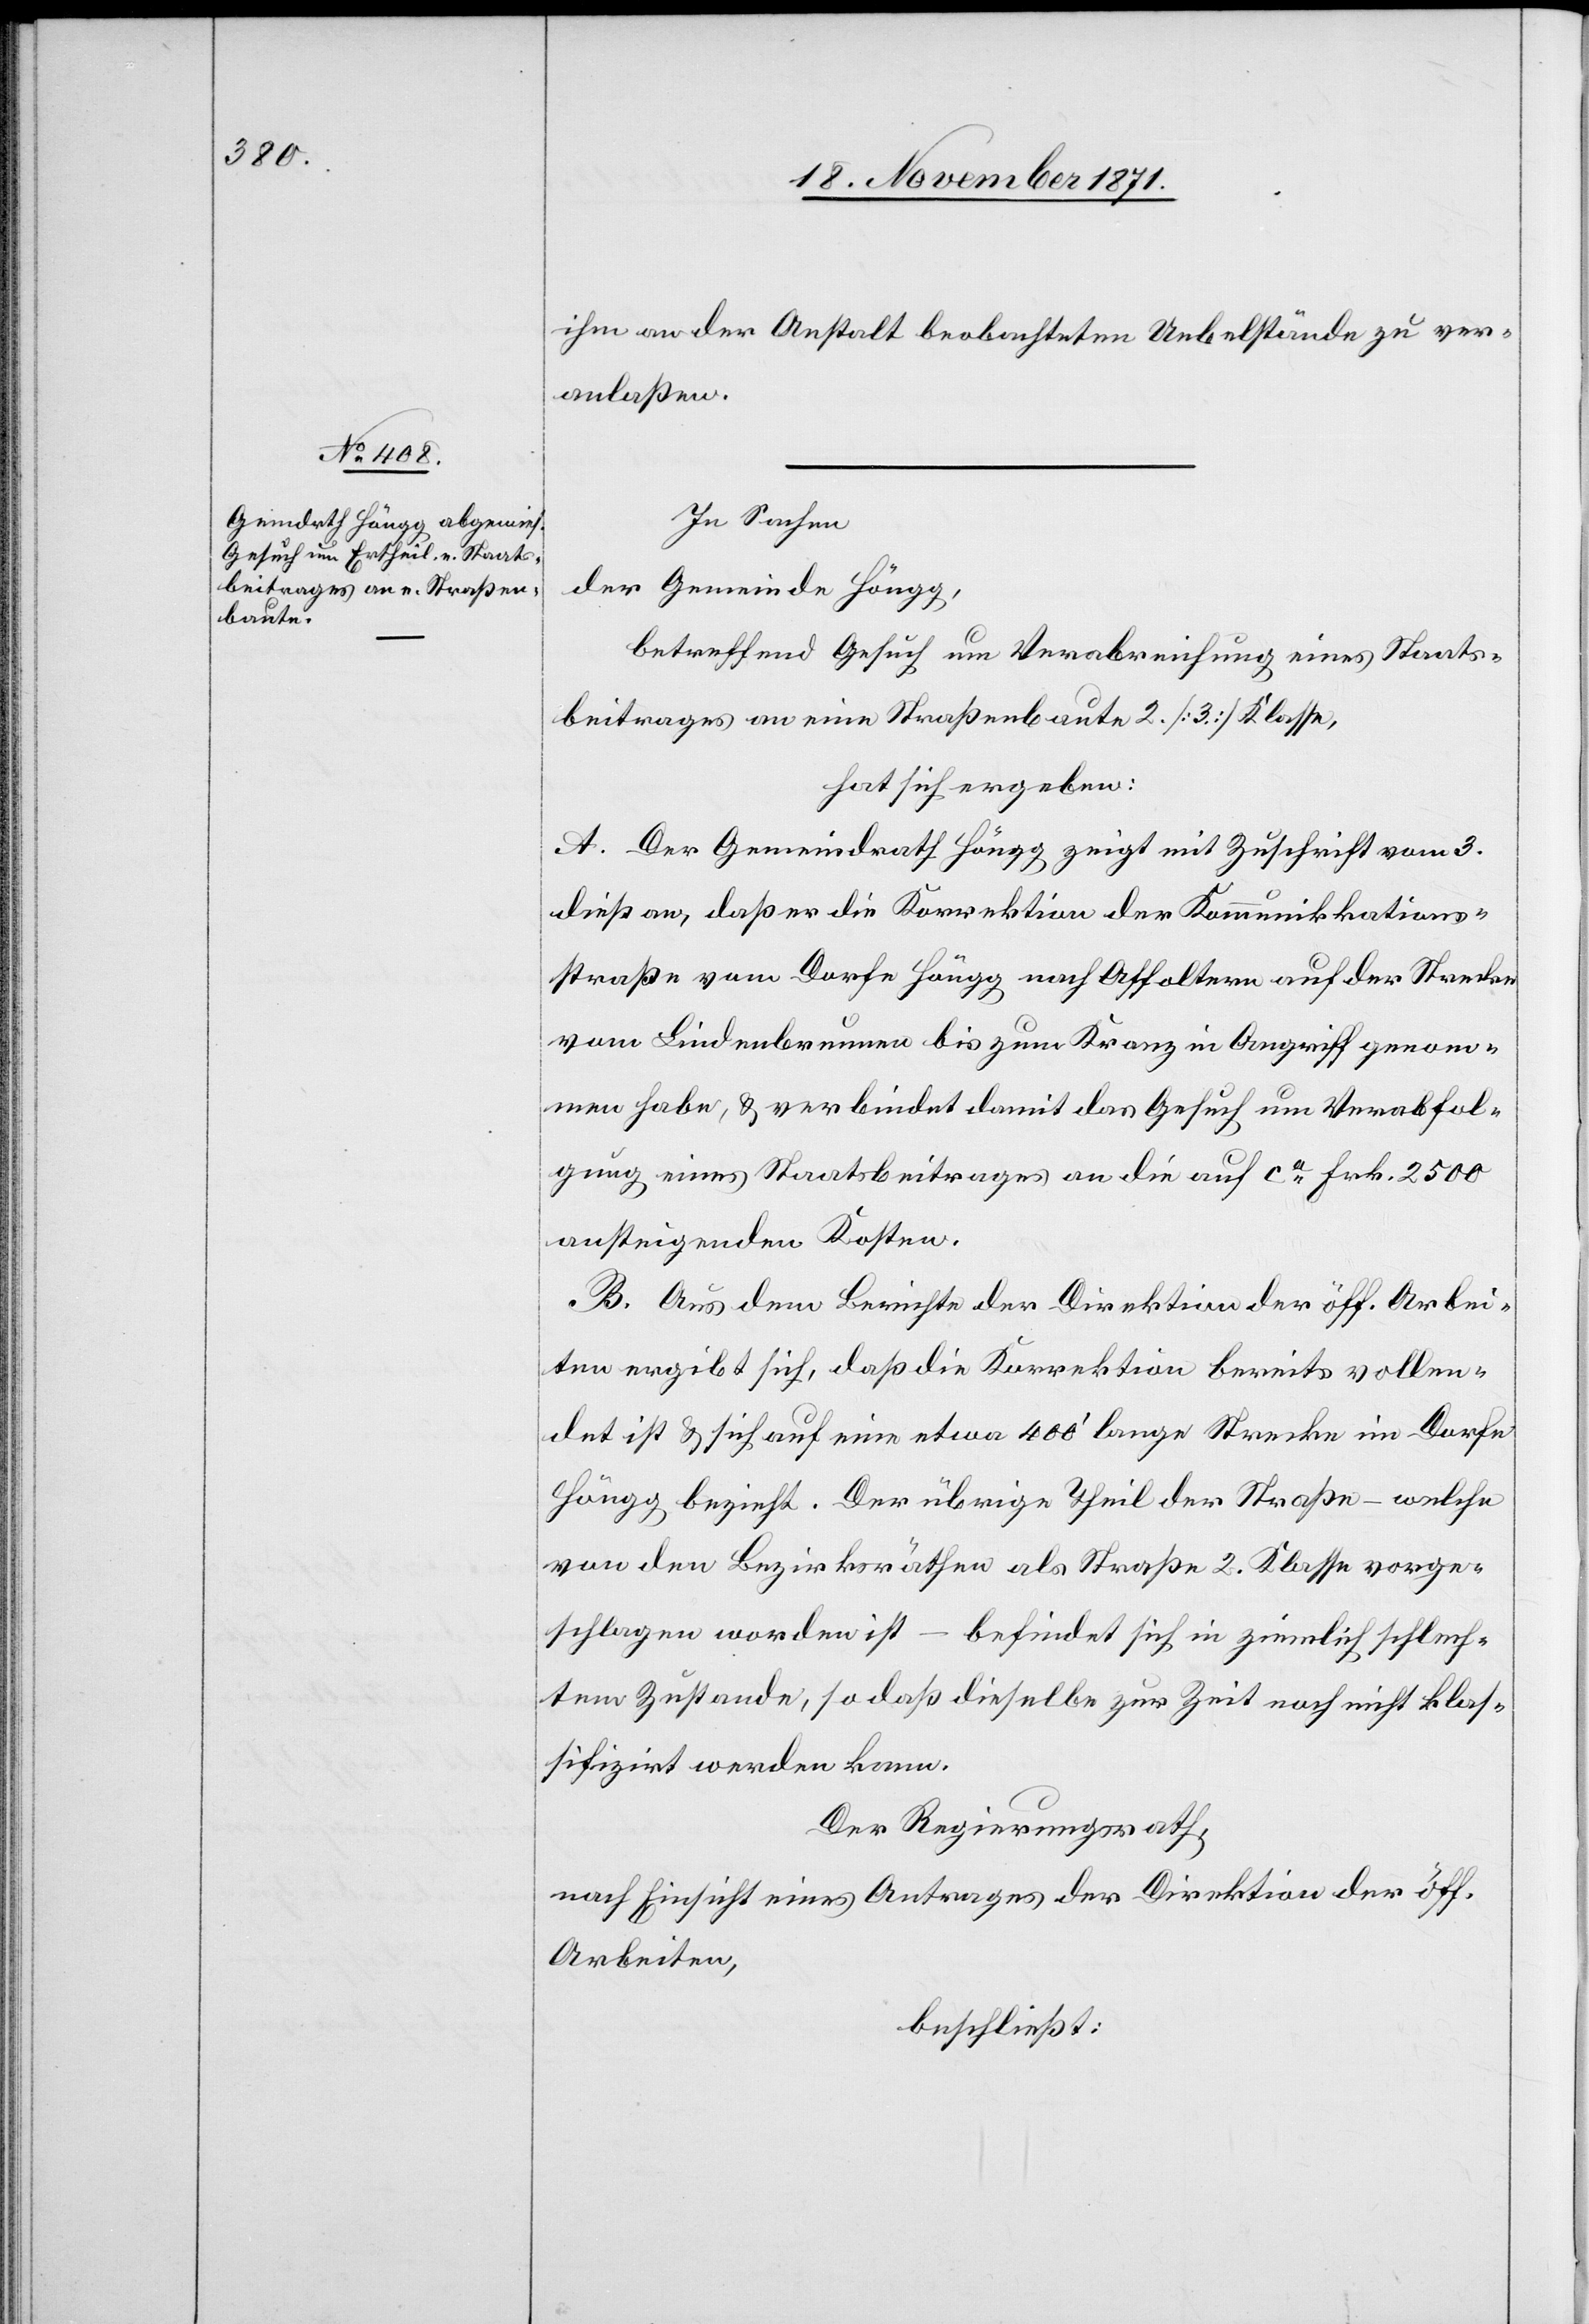
ihm an der Anstalt beobachteten Uebelstände zu ver¬
anlaßen.
In Sachen
der Gemeinde Höngg,
betreffend Gesuch um Verabreichung eines Staats¬
beitrages an eine Straßenbaute 2. [3.] Klasse,
hat sich ergeben:
A. Der Gemeindrath Höngg zeigt mit Zuschrift vom 3.
dieß an, daß er die Korrektion der Kommunikkations¬
straße [sic!] vom Dorfe Höngg nach Affoltern auf der Strecke
vom Lindenbrunnen bis zum Kranz in Angriff genom¬
men habe, & verbindet damit das Gesuch um Verabfol¬
gung eines Staatsbeitrages an die auf ca Frk. 2500
ansteigenden Kosten.
B. Aus dem Berichte der Direktion der öff. Arbei¬
ten ergibt sich, daß die Korrektion bereits vollen¬
det ist & sich auf eine etwa 400’ lange Strecke im Dorfe
Höngg bezieht. Der übrige Theil der Straße – welche
von den Bezirksräthen als Straße 2. Klasse vorge¬
schlagen worden ist – befindet sich in ziemlich schlech¬
tem Zustande, so daß dieselbe zur Zeit noch nicht klas¬
sifizirt werden kann.
Der Regierungsrath,
nach Einsicht eines Antrages der Direktion der öff.
Arbeiten,
beschließt: